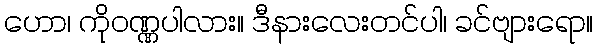
ဟော၊ ကိုဝဏ္ဏပါလား။ ဒီနားလေးတင်ပါ၊ ခင်ဗျားရော။